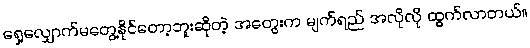
ရှေ့လျှောက်မတွေ့နိုင်တော့ဘူးဆိုတဲ့ အတွေးက မျက်ရည် အလိုလို ထွက်လာတယ်။